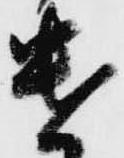
遣